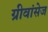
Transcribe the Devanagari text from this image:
ग्रीवांसेज